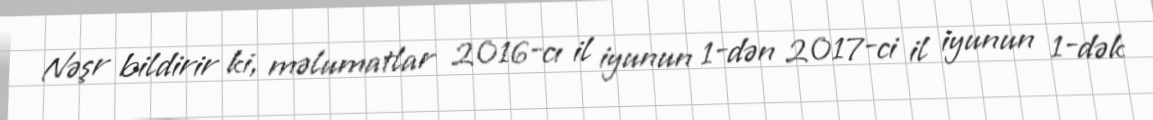
Nəşr bildirir ki, məlumatlar 2016-cı il iyunun 1-dən 2017-ci il iyunun 1-dək